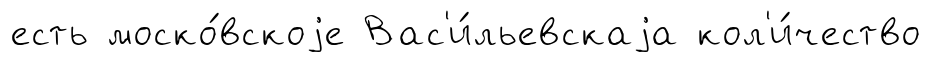
есть моско́вскоjе Вас'и́льевскаjа кол'и́чество